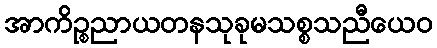
အာကိဉ္စညာယတနသုခုမသစ္စသညီယေဝ